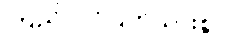
ကြည်လင်ပြတ်သားစွာ